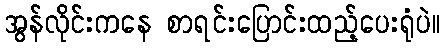
အွန်လိုင်းကနေ စာရင်းပြောင်းထည့်ပေးရုံပဲ။